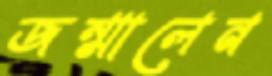
জন্মালেন